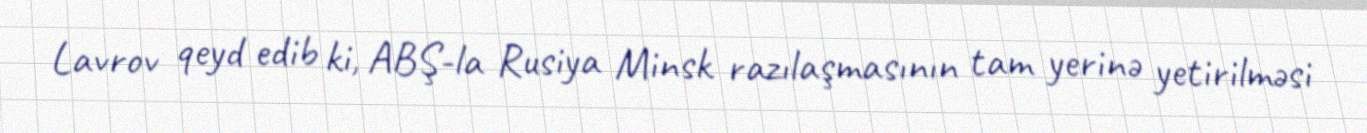
Lavrov qeyd edib ki, ABŞ-la Rusiya Minsk razılaşmasının tam yerinə yetirilməsi